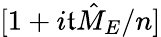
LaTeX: [1+i\mathfrak{t}{\hat{{M}}}_{E}/n]